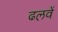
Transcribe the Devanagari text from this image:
ढलवें